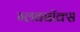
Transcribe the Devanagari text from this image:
ग्लवबॉक्स